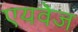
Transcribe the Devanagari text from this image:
एयवेज